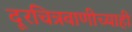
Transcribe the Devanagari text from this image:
दूरचित्रवाणीच्याही